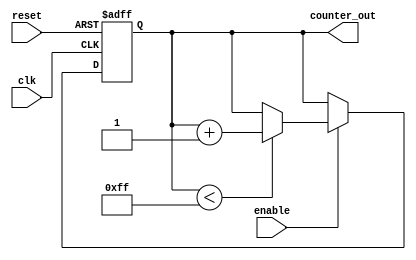
module up_counter #(
    parameter INITIAL_VALUE = 8'h00,  // Initial value of the counter
    parameter MAX_VALUE = 8'hFF        // Maximum value of the counter
)(
    input wire clk,                    // Clock signal
    input wire reset,                  // Asynchronous reset
    input wire enable,                 // Enable signal
    output reg [7:0] counter_out       // 8-bit counter output
);

    // Counter logic
    always @(posedge clk or posedge reset) begin
        if (reset) begin
            counter_out <= INITIAL_VALUE; // Set counter to initial value on reset
        end else if (enable) begin
            if (counter_out < MAX_VALUE) begin
                counter_out <= counter_out + 1; // Increment counter if not at max
            end
            // Optional: Uncomment the line below for wrap-around behavior
            // else begin
            //     counter_out <= INITIAL_VALUE; // Wrap around to initial value
            // end
        end
    end

endmodule